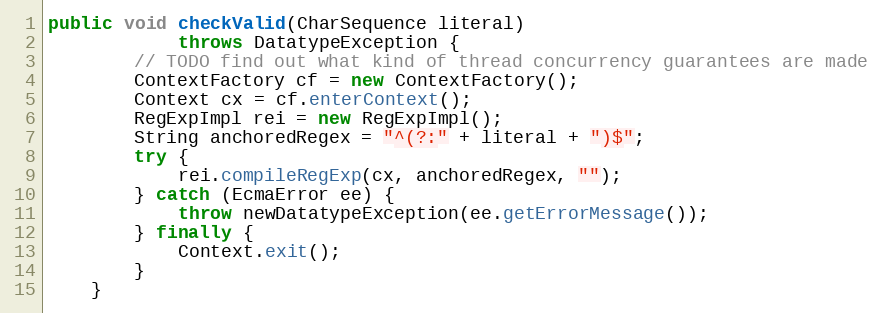
Language: Java
public void checkValid(CharSequence literal)
            throws DatatypeException {
        // TODO find out what kind of thread concurrency guarantees are made
        ContextFactory cf = new ContextFactory();
        Context cx = cf.enterContext();
        RegExpImpl rei = new RegExpImpl();
        String anchoredRegex = "^(?:" + literal + ")$";
        try {
            rei.compileRegExp(cx, anchoredRegex, "");
        } catch (EcmaError ee) {
            throw newDatatypeException(ee.getErrorMessage());
        } finally {
            Context.exit();
        }
    }